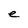
Character: e